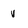
Character: v